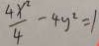
\frac { 4 x ^ { 2 } } { 4 } - 4 y ^ { 2 } = 1